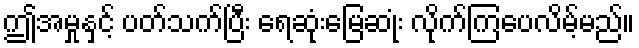
ဤအမှုနှင့် ပတ်သက်ပြီး ရေဆုံးမြေဆုံး လိုက်ကြပေလိမ့်မည်။